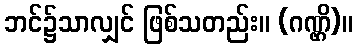
ဘင်၌သာလျှင် ဖြစ်သတည်း။ (ဂဏ္ဌိ)။